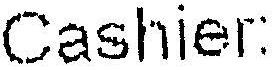
CASHIER: